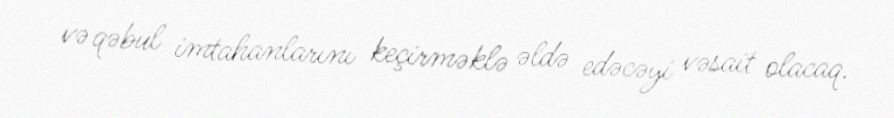
və qəbul imtahanlarını keçirməklə əldə edəcəyi vəsait olacaq.